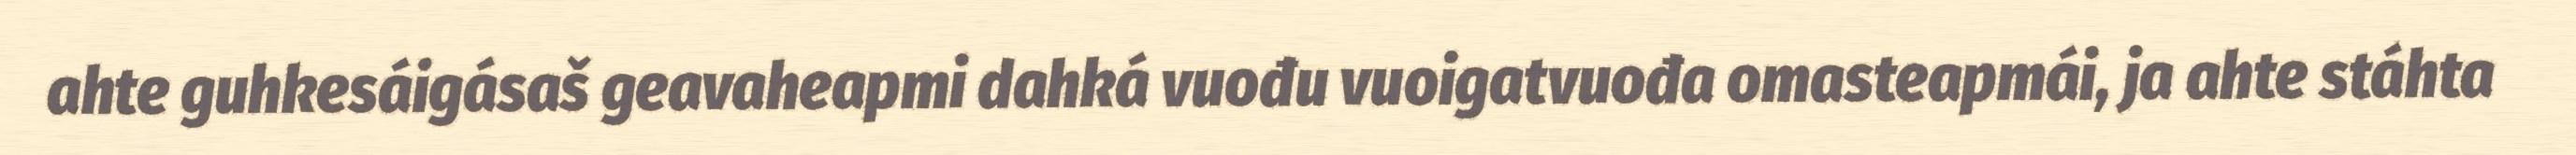
ahte guhkesáigásaš geavaheapmi dahká vuođu vuoigatvuođa omasteapmái, ja ahte stáhta